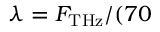
\lambda = F _ { \mathrm { T H z } } / ( 7 0